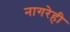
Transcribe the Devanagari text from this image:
नागरेही